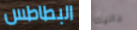
البطاطس داليك